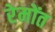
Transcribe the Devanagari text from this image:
रेमोंत